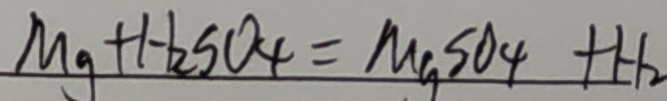
M g + H _ { 2 } S O _ { 4 } = M g S O _ { 4 } + H _ { 2 }